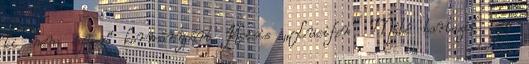
ki nem egyező kormánypárt Kocsis „Lucifer” Máté tartozik egy